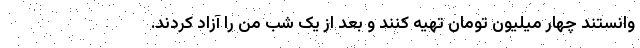
وانستند چهار میلیون تومان تهیه کنند و بعد از یک شب من را آزاد کردند.